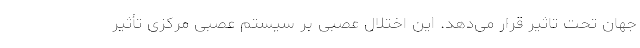
جهان تحت تاثیر قرار می‌دهد. این اختلال عصبی بر سیستم عصبی مرکزی تأثیر